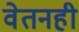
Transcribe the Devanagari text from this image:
वेतनही